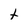
Character: t